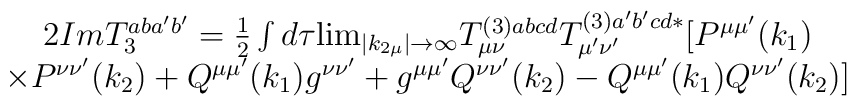
\begin{array}{c}2ImT_3^{aba^{\prime }b^{\prime }}=\frac 12\int d\tau {\lim_{\left| k_{2\mu}\right| \rightarrow \infty }}T_{\mu \nu }^{(3)abcd}T_{\mu ^{\prime }\nu^{\prime }}^{(3)a^{\prime }b^{\prime }cd*}[P^{\mu \mu ^{\prime }}(k_1) \\ \times P^{\nu \nu ^{\prime }}(k_2)+Q^{\mu \mu ^{\prime }}(k_1)g^{\nu \nu^{\prime }}+g^{\mu \mu ^{\prime }}Q^{\nu \nu ^{\prime }}(k_2)-Q^{\mu \mu^{\prime }}(k_1)Q^{\nu \nu ^{\prime }}(k_2)]\end{array}